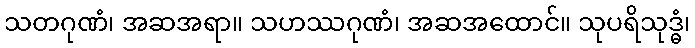
သတဂုဏံ၊ အဆအရာ။ သဟဿဂုဏံ၊ အဆအထောင်။ သုပရိသုဒ္ဓံ၊